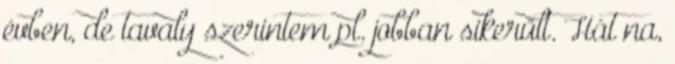
évben, de tavaly szerintem pl. jobban sikerült. Hát na,